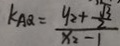
k _ { A Q } = \frac { y _ { 2 } + \frac { \sqrt { 3 } } { 2 } } { x _ { 2 } - 1 }